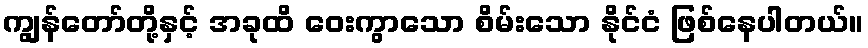
ကျွန်တော်တို့နှင့် အခုထိ ဝေးကွာသော စိမ်းသော နိုင်ငံ ဖြစ်နေပါတယ်။